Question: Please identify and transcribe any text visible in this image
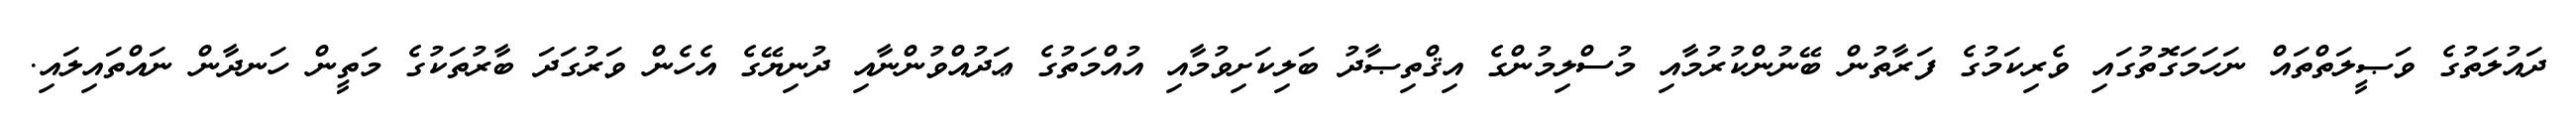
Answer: ދައުލަތުގެ ވަޞީލަތްތައް ނަހަމަގޮތުގައި ވެރިކަމުގެ ފަރާތުން ބޭނުންކުރުމާއި މުސްލިމުންގެ އިޤްތިޞާދު ބަލިކަށިވުމާއި އުއްމަތުގެ ޢަދުއްވުންނާއި ދުނިޔޭގެ އެހެން ވަރުގަދަ ބާރުތަކުގެ މަތީން ހަނދާން ނައްތައިލައި.